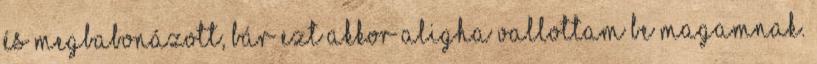
és megbabonázott, bár ezt akkor aligha vallottam be magamnak.